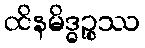
ထိနမိဒ္ဓဉ္စဿ